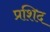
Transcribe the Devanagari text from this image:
प्रशिद